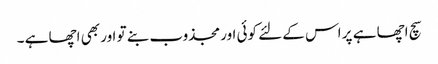
سچ اچھا ہے پر اس کے لئے کوئی اور مجذوب بنے تو اور بھی اچھا ہے ۔